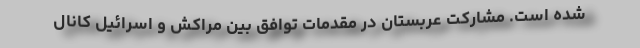
شده است. مشارکت عربستان در مقدمات توافق بین مراکش و اسرائیل کانال